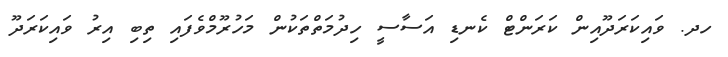
ހދ. ވައިކަރަދޫއިން ކަރަންޓް ކެނޑި އަސާސީ ހިދުމަތްތަކުން މަހުރޫމްވެފައި ތިބި އިރު ވައިކަރަދޫ